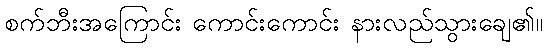
စက်ဘီးအကြောင်း ကောင်းကောင်း နားလည်သွားချေ၏။